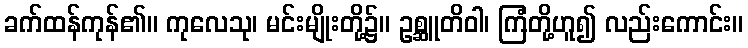
ခက်ထန်ကုန်၏။ ကုလေသု၊ မင်းမျိုးတို့၌။ ဥစ္ဆူတိဝါ၊ ကြံတို့ဟူ၍ လည်းကောင်း။